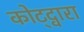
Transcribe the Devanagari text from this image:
कोट्द्वारा